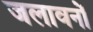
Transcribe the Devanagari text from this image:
जलावनों